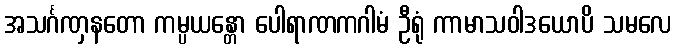
အသင်္ဂဏှနတော ကမ္ပယန္တော ပေါရာဏကဂါမံ ဦရုံ ကာမာသဝါဒယောပိ သမလေ